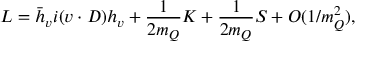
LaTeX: { \cal L } = \bar { h } _ { v } i ( v \cdot D ) h _ { v } + \frac { 1 } { 2 m _ { Q } } { \cal K } + \frac { 1 } { 2 m _ { Q } } { \cal S } + O ( 1 / m _ { Q } ^ { 2 } ) ,